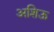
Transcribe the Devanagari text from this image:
अशिऊ